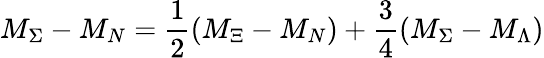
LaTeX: M_{\Sigma}-M_{N}={\frac{1}{2}}(M_{\Xi}-M_{N})+{\frac{3}{4}}(M_{\Sigma}-M_{\Lambda})